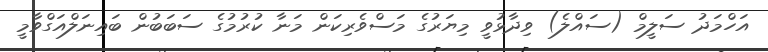
އަހްމަދު ސަލީމް (ސައްލެ) ވިދާޅުވީ މިޔަރުގެ މަސްވެރިކަން މަނާ ކުރުމުގެ ސަބަބުން ބައިނަލްއަގްވާމީ